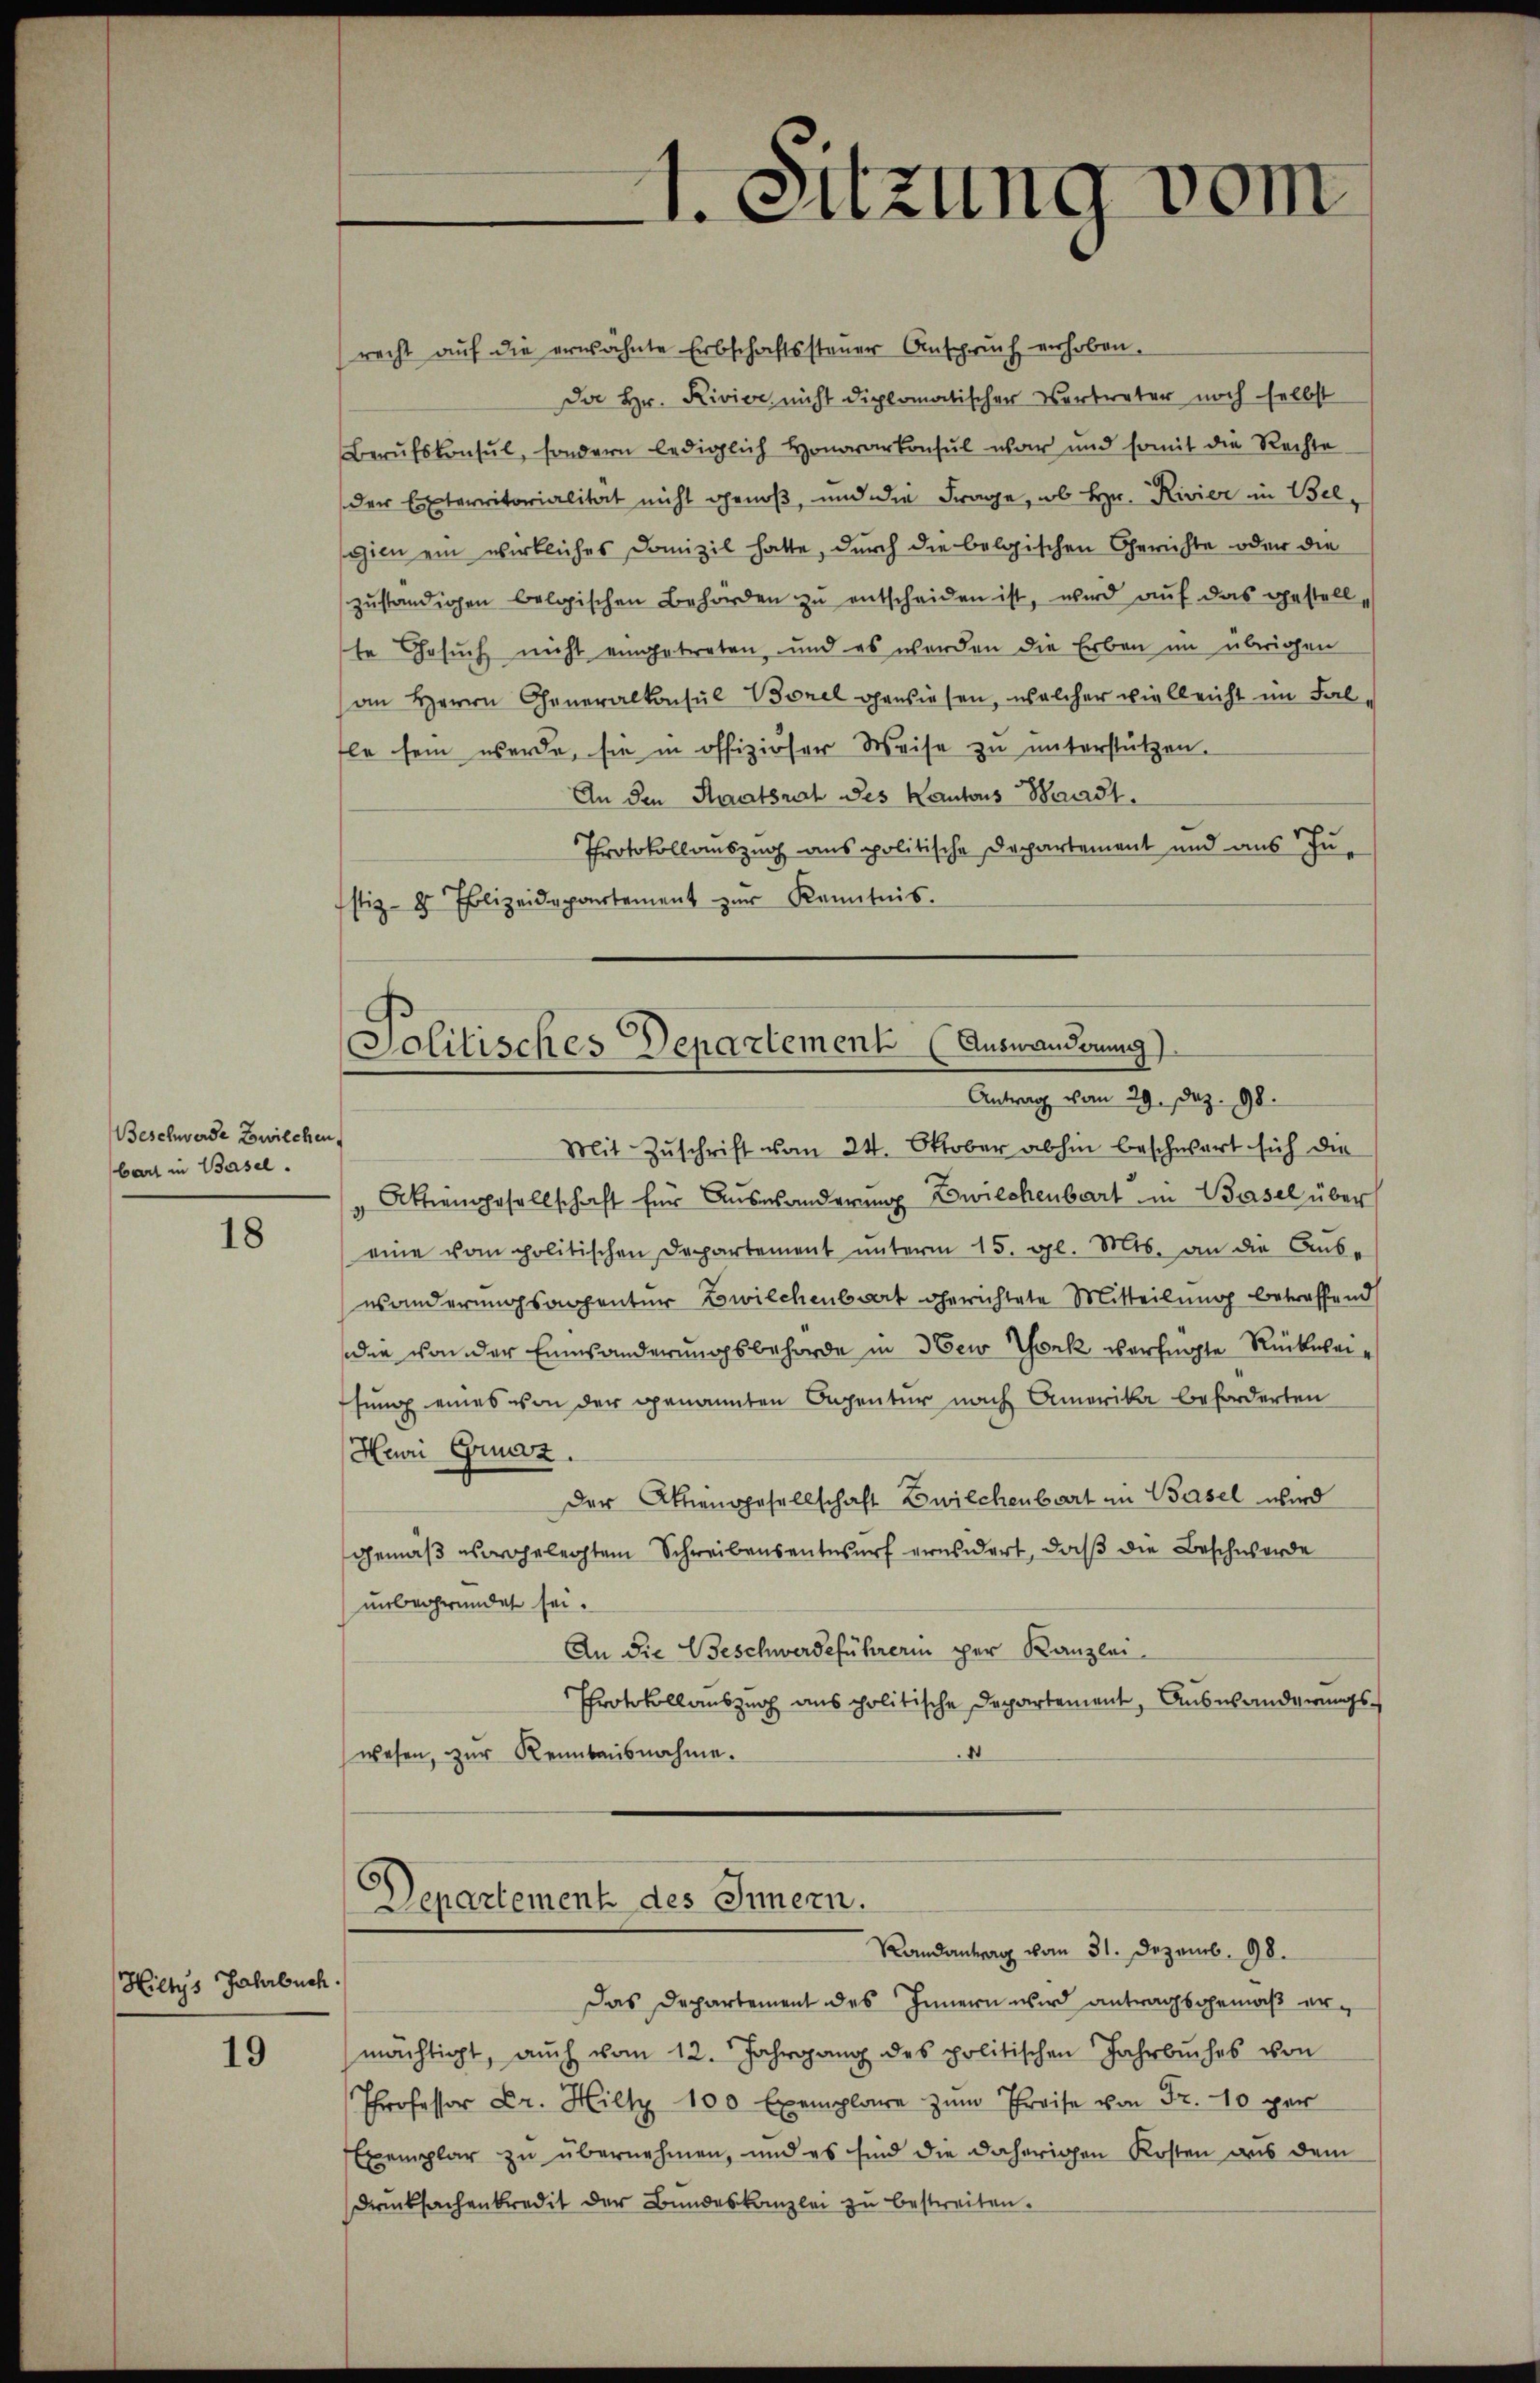
Beschwerde Zwilchen.
bart in Basel.

18

Hiltys Jahrbuch.

19

Solitisches Departement (Auswanderung
Antrag vom 29. Dez. 98.

5
Separtement des Innern.

recht aŭf die erwähnte Erbschaftssteŭer Anspruch erhoben.
Da Hr. Rivier nicht diplomatischer Vortreter noch selbst
Berŭfskonsul, sondern lediglich Honorarkonsul war und somit die Rechte
der Exterritorialität nicht genoß, und die Frage, ob Hr. Rivier in Bel-
gien ein wirkliches Domizil hatte, durch die belgischen Gerichte oder die
zŭständigen belgischen Behörden zu entscheiden ist, wird auf das gestellte Gesuch nicht eingetreten, und es werden die Erben im übrigen
an Herrn Generalkonsul Borel gewiesen, welcher vielleicht im Falfle sein werde, sie in offiziöser Weise zu unterstützen.
An den Staatsrat des Kantons Bonast.
Protokollauszug aus politische Departement und aus Ju-
stiz- & Polizeidepartement zur Kenntnis.

Sitzung vom

Das Departement des Innern wird antragsgemäß ermächtigt, auch vom 12. Jahrgang des politischen Jahrbuches von
Professor Dr. Hilty 100 Exemplare zŭm Preise von Fr. 10 per
Exemplar zu übernehmen, und es sind die daherigen Kosten aus dem
Drucksachenkredit der Bundeskanzlei zu bestreiten.

Randantrag vom 31. Dezemb. 98.

Mit Zuschrift vom 24. Oktober abhin beschwart sich die
Aktiengesellschaft für Auswanderung Zwilchenbart in Basel über
eine vom politischen Departement unterm 15. gl. Mts. an die Anbe-
wanderungsanzenter Zwilchenbart gerichtete Mitteilung betreffend
die von der Einsänderungsbehörde in New York verfügte Rückweisung eines von der genannten Degentur nach Amerika beforderten
Hei Grundz
der Aktiengesellschaft Zwilchenbart in Basel wird
gemäß vorgelegtem Schreibensentwurf grundert, daß die Beschwerde
unbegründet sei.
An die Beschwerdeführerin per Kanzlei
Protokollauszug aus politische Departement, Auswanderungswesen, zur Reinbausnahme.